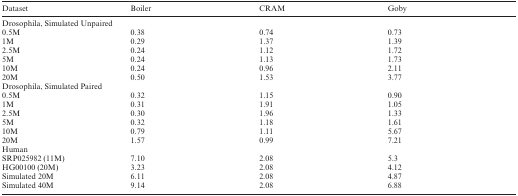
| Dataset | Boiler | CRAM | Goby |
 | --- | --- | --- | --- |
 | <COLSPAN=4> Drosophila, Simulated Unpaired |
 | 0.5M | 0.38 | 0.74 | 0.73 |
 | 1M | 0.29 | 1.37 | 1.39 |
 | 2.5M | 0.24 | 1.12 | 1.72 |
 | 5M | 0.24 | 1.13 | 1.73 |
 | 10M | 0.24 | 0.96 | 2.11 |
 | 20M | 0.50 | 1.53 | 3.77 |
 | <COLSPAN=4> Drosophila, Simulated Paired |
 | 0.5M | 0.32 | 1.15 | 0.90 |
 | 1M | 0.31 | 1.91 | 1.05 |
 | 2.5M | 0.30 | 1.96 | 1.33 |
 | 5M | 0.32 | 1.18 | 1.61 |
 | 10M | 0.79 | 1.11 | 5.67 |
 | 20M | 1.57 | 0.99 | 7.21 |
 | <COLSPAN=4> Human |
 | SRP025982 (11M) | 7.10 | 2.08 | 5.3 |
 | HG00100 (20M) | 3.23 | 2.08 | 4.12 |
 | Simulated 20M | 6.11 | 2.08 | 4.87 |
 | Simulated 40M | 9.14 | 2.08 | 6.88 |